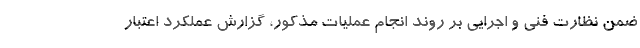
ضمن نظارت فنی و اجرایی بر روند انجام عملیات مذکور، گزارش عملکرد اعتبار